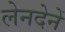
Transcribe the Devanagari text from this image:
लेनदेनें